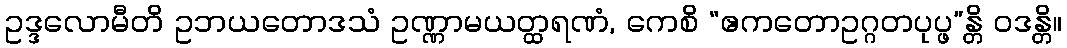
ဥဒ္ဒလောမီတိ ဥဘယတောဒသံ ဥဏ္ဏာမယတ္ထရဏံ, ကေစိ “ဧကတောဥဂ္ဂတပုပ္ဖ”န္တိ ဝဒန္တိ။